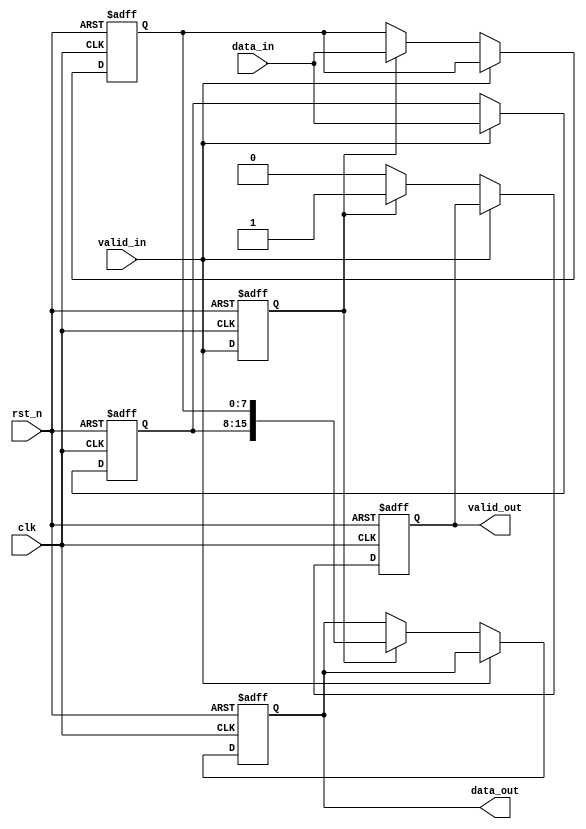
module width_8to16(
    input clk,
    input rst_n,
    input valid_in,
    input [7:0] data_in,
    output reg valid_out,
    output reg [15:0] data_out
);

// Internal signal declaration
reg [7:0] high_byte;
reg [7:0] low_byte;
reg valid_in_delayed;

// State Machine for input handling
always @(posedge clk or negedge rst_n) begin
    if (!rst_n) begin
        high_byte <= 0;
        low_byte <= 0;
        valid_in_delayed <= 0;
        valid_out <= 0;
        data_out <= 0;
    end else begin
        // Delay the valid_in signal for proper data alignment
        valid_in_delayed <= valid_in;
        
        if (valid_in) begin
            // First byte - store it in the high byte of the output
            high_byte <= data_in;
        end else if (valid_in_delayed) begin
            // Second byte - store it in the low byte of the output and update the output
            low_byte <= data_in;
            valid_out <= 1;
            data_out <= {high_byte, low_byte};
        end else begin
            // Reset valid_out when there is no input valid
            valid_out <= 0;
        end
    end
end

endmodule